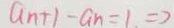
a _ { n + 1 } - a _ { n } = 1 . = 7